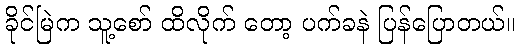
ခိုင်မြဲက သူ့စော် ထိလိုက် တော့ ပက်ခနဲ ပြန်ပြောတယ်။